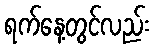
ရက်နေ့တွင်လည်း